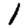
Digit: 1